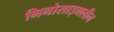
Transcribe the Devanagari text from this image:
मिनोसाइक्लीन